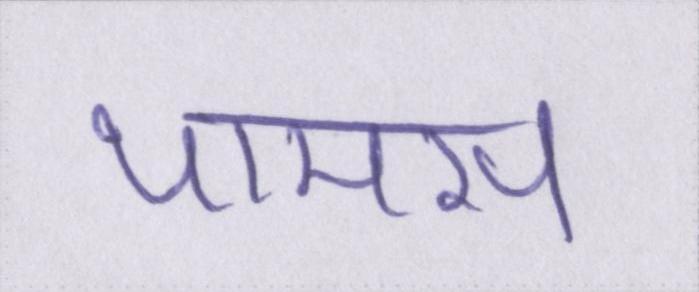
थामस